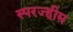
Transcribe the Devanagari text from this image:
स्परज्हीम